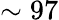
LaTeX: \sim 97